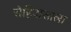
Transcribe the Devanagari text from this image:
रोहिदासाला